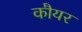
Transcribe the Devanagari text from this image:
कौयर